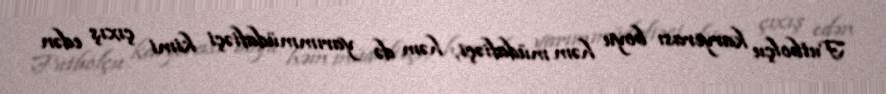
Futbolçu karyerası boyu həm müdafiəçi, həm də yarımmüdafiəçi kimi çıxış edən